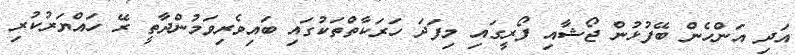
އަދި އަންހެން ބޭފުޅުން ޖޯޝާއި ފޯރީގައި މިފަދަ ހަރަކާތްތަކުގައި ބައިވެރިވަމުންދާތީ ރޭ ހައްޔަރުކުރި